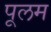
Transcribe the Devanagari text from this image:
पूलम